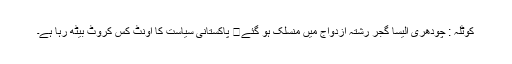
کوٹلہ : چودھری الیسا گجر رشتہ ازدواج میں منسلک ہو گئے	 پاکستانی سیاست کا اونٹ کس کروٹ بیٹھ رہا ہے۔